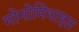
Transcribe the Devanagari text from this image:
मोनोमिथाइल